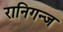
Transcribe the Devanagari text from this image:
रानिगन्ज